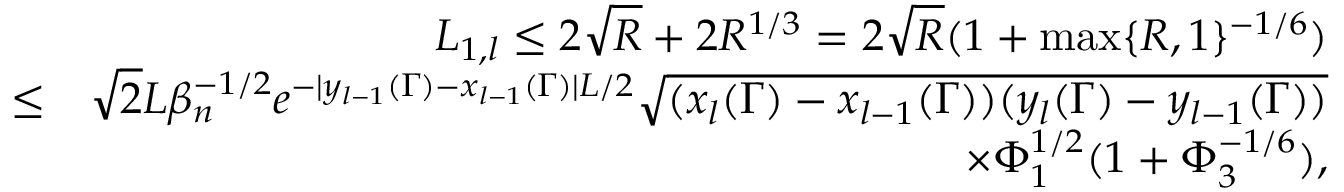
\begin{array} { r l r } & { } & { L _ { 1 , l } \leq 2 \sqrt { R } + 2 R ^ { 1 \slash 3 } = 2 \sqrt { R } ( 1 + \operatorname* { m a x } \{ R , 1 \} ^ { - 1 \slash 6 } ) } \\ & { \leq } & { \sqrt { 2 } L \beta _ { n } ^ { - 1 \slash 2 } e ^ { - | y _ { l - 1 } ( \Gamma ) - x _ { l - 1 } ( \Gamma ) | L \slash 2 } \sqrt { ( x _ { l } ( \Gamma ) - x _ { l - 1 } ( \Gamma ) ) ( y _ { l } ( \Gamma ) - y _ { l - 1 } ( \Gamma ) ) } } \\ & { } & { \times \Phi _ { 1 } ^ { 1 \slash 2 } ( 1 + \Phi _ { 3 } ^ { - 1 \slash 6 } ) , } \end{array}